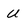
Character: U